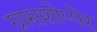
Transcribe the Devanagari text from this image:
ग्रासशोप्पेर